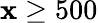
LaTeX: \mathbf{x}\geq500